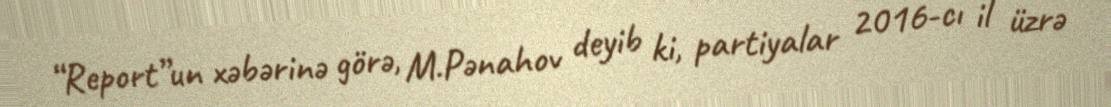
“Report”un xəbərinə görə, M.Pənahov deyib ki, partiyalar 2016-cı il üzrə